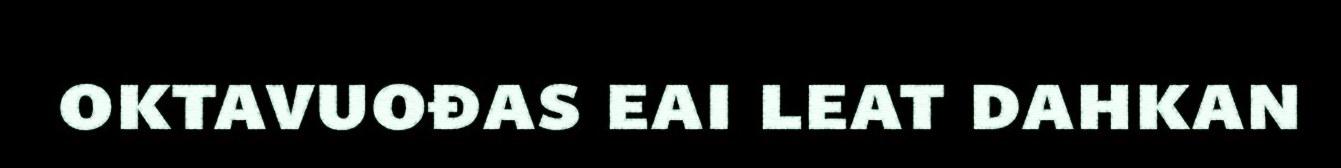
oktavuođas eai leat dahkan